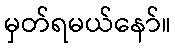
မှတ်ရမယ်နော်။